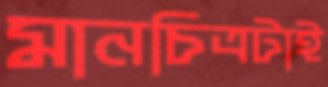
মানচিত্রটাই